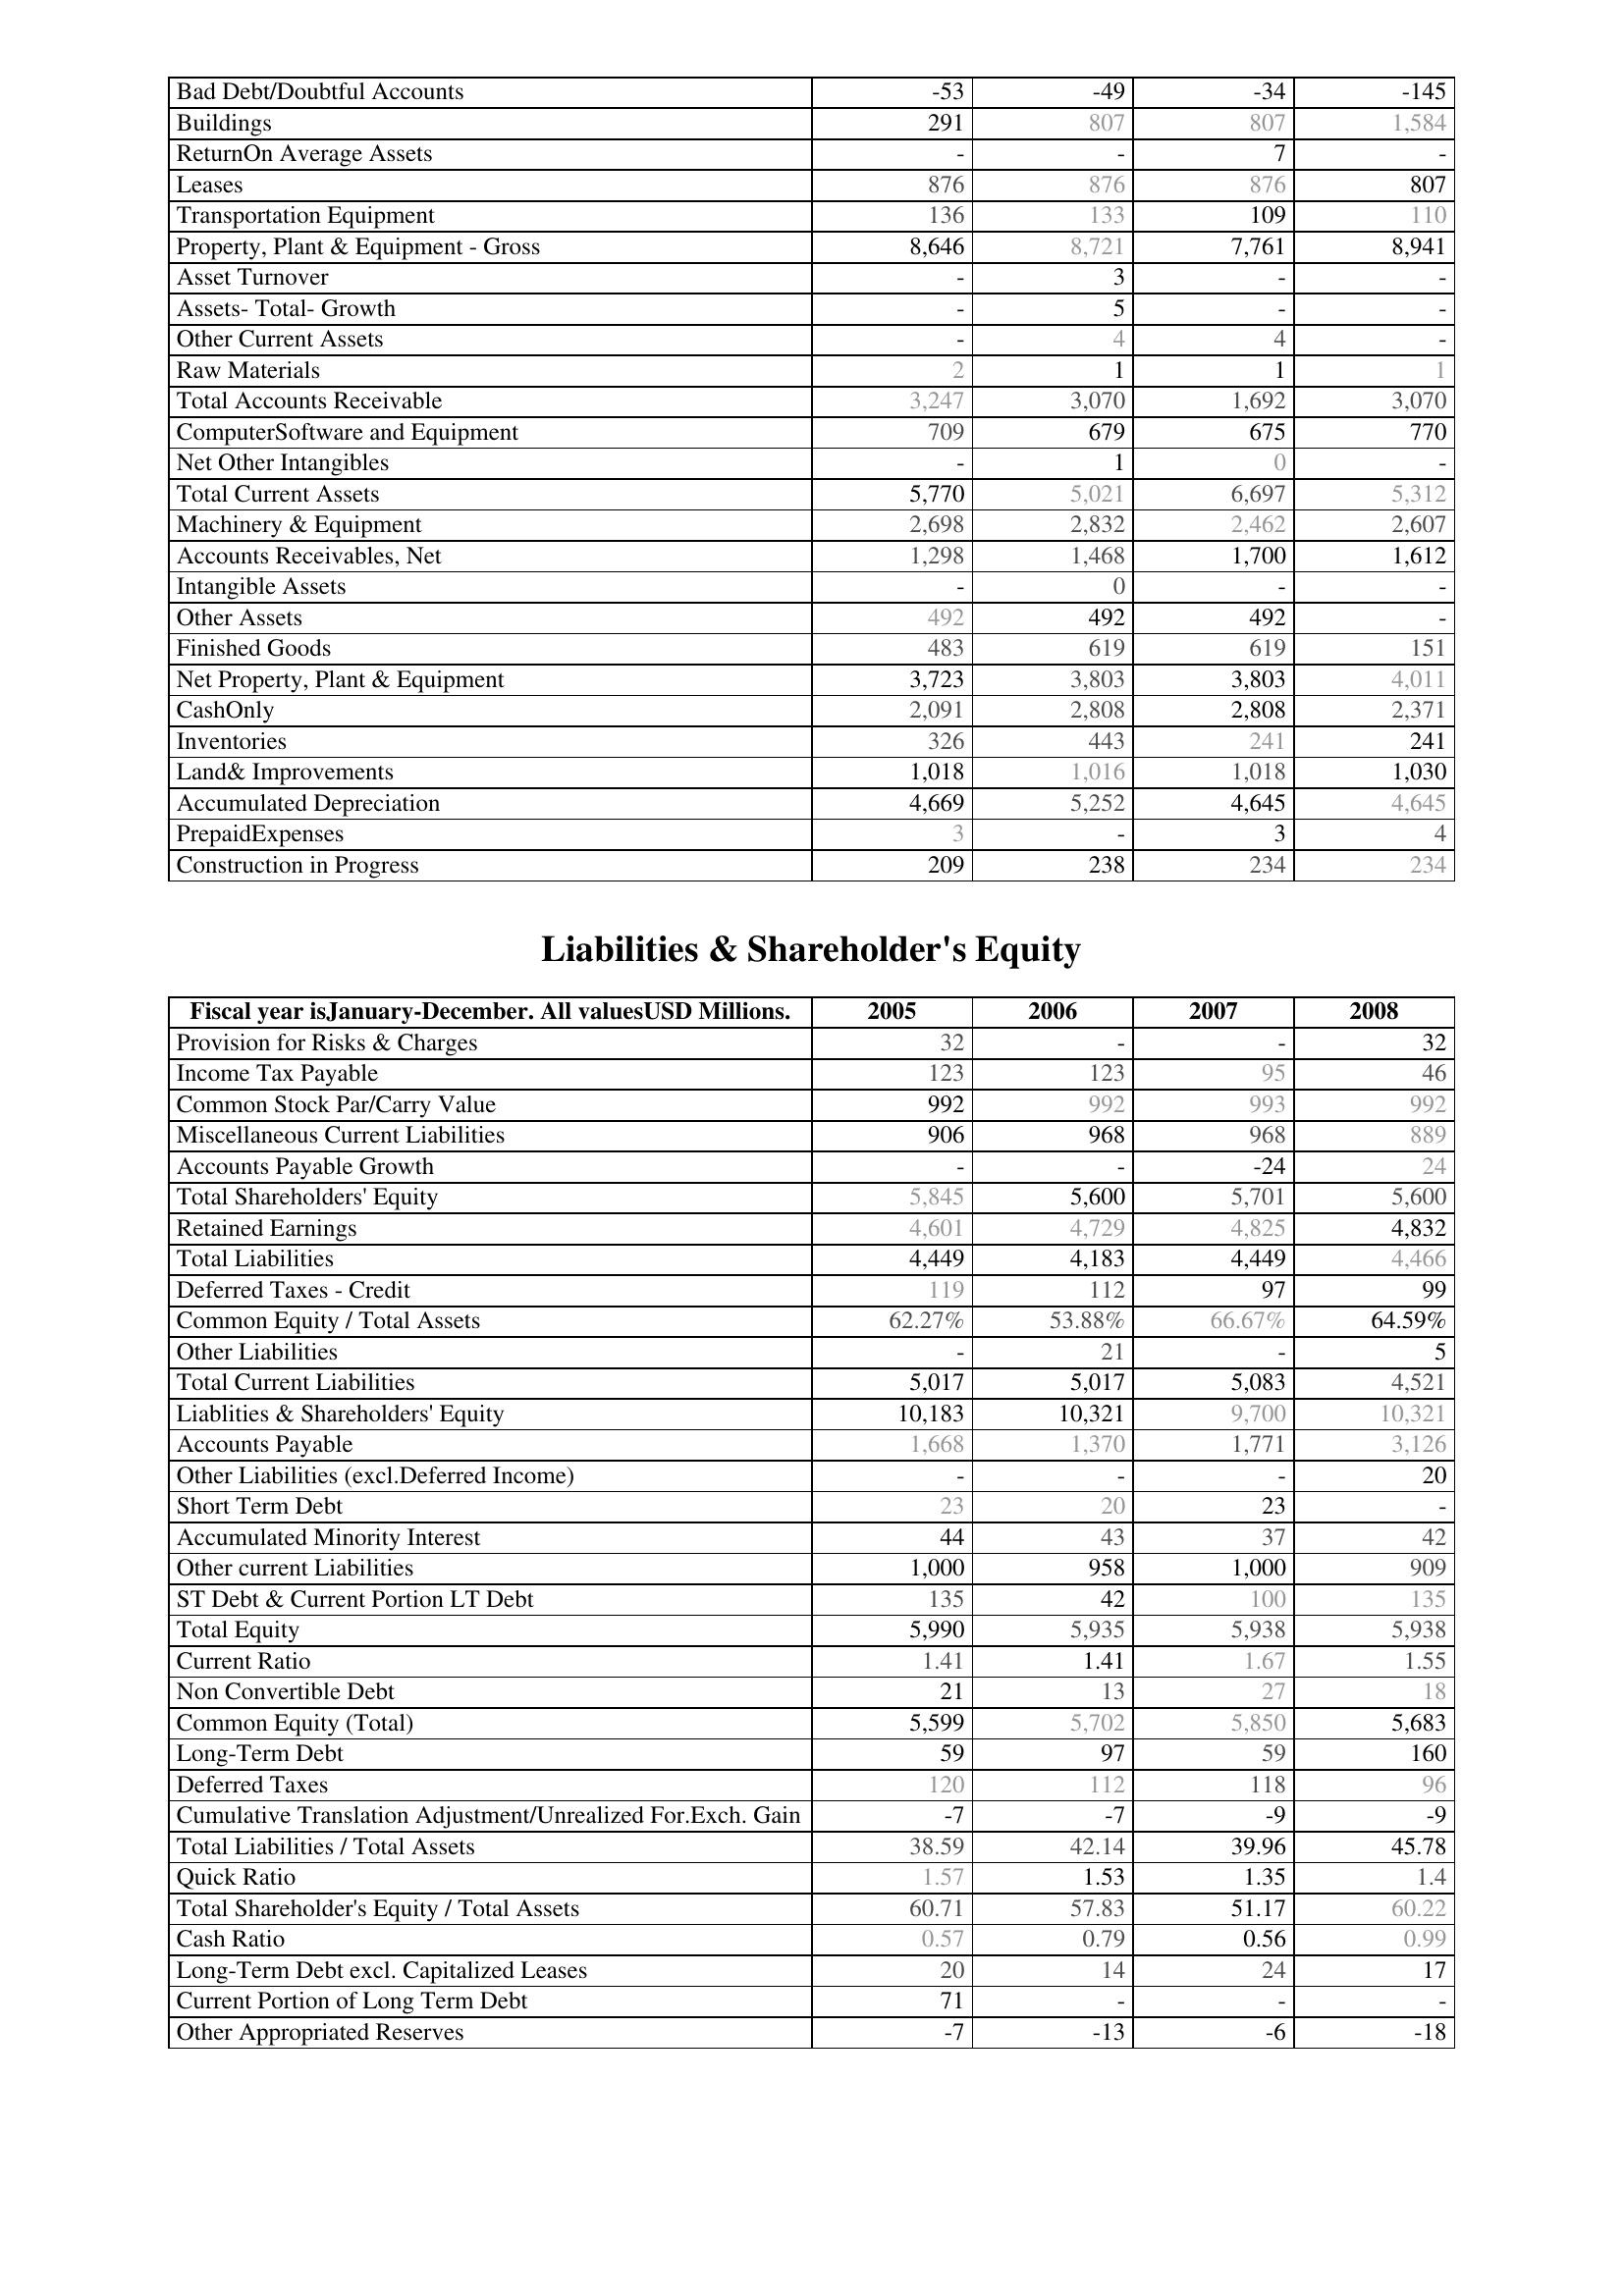
2005: Assets: Bad Debt/Doubtful Accounts: -53
Buildings: 291
ReturnOn Average Assets: -
Leases: 876
Transportation Equipment: 136
Property, Plant & Equipment - Gross : 8,646
Asset Turnover: -
Assets- Total- Growth: -
Other Current Assets: -
Raw Materials: 2
Total Accounts Receivable: 3,247
ComputerSoftware and Equipment: 709
Net Other Intangibles: -
Total Current Assets: 5,770
Machinery & Equipment: 2,698
Accounts Receivables, Net: 1,298
Intangible Assets: -
Other Assets: 492
Finished Goods: 483
Net Property, Plant & Equipment: 3,723
CashOnly: 2,091
Inventories: 326
Land& Improvements: 1,018
Accumulated Depreciation: 4,669
PrepaidExpenses: 3
Construction in Progress: 209
Liabilities & Shareholder's Equity: Provision for Risks & Charges: 32
Income Tax Payable: 123
Common Stock Par/Carry Value: 992
Miscellaneous Current Liabilities: 906
Accounts Payable Growth: -
Total Shareholders' Equity: 5,845
Retained Earnings: 4,601
Total Liabilities: 4,449
Deferred Taxes - Credit: 119
Common Equity / Total Assets: 62.27%
Other Liabilities: -
Total Current Liabilities: 5,017
Liablities & Shareholders' Equity: 10,183
Accounts Payable: 1,668
Other Liabilities (excl.Deferred Income): -
Short Term Debt: 23
Accumulated Minority Interest: 44
Other current Liabilities: 1,000
ST Debt & Current Portion LT Debt: 135
Total Equity: 5,990
Current Ratio: 1.41
Non Convertible Debt: 21
Common Equity (Total): 5,599
Long-Term Debt: 59
Deferred Taxes: 120
Cumulative Translation Adjustment/Unrealized For.Exch. Gain: -7
Total Liabilities / Total Assets: 38.59
Quick Ratio: 1.57
Total Shareholder's Equity / Total Assets: 60.71
Cash Ratio: 0.57
Long-Term Debt excl. Capitalized Leases: 20
Current Portion of Long Term Debt: 71
Other Appropriated Reserves: -7
2006: Assets: Bad Debt/Doubtful Accounts: -49
Buildings: 807
ReturnOn Average Assets: -
Leases: 876
Transportation Equipment: 133
Property, Plant & Equipment - Gross : 8,721
Asset Turnover: 3
Assets- Total- Growth: 5
Other Current Assets: 4
Raw Materials: 1
Total Accounts Receivable: 3,070
ComputerSoftware and Equipment: 679
Net Other Intangibles: 1
Total Current Assets: 5,021
Machinery & Equipment: 2,832
Accounts Receivables, Net: 1,468
Intangible Assets: 0
Other Assets: 492
Finished Goods: 619
Net Property, Plant & Equipment: 3,803
CashOnly: 2,808
Inventories: 443
Land& Improvements: 1,016
Accumulated Depreciation: 5,252
PrepaidExpenses: -
Construction in Progress: 238
Liabilities & Shareholder's Equity: Provision for Risks & Charges: -
Income Tax Payable: 123
Common Stock Par/Carry Value: 992
Miscellaneous Current Liabilities: 968
Accounts Payable Growth: -
Total Shareholders' Equity: 5,600
Retained Earnings: 4,729
Total Liabilities: 4,183
Deferred Taxes - Credit: 112
Common Equity / Total Assets: 53.88%
Other Liabilities: 21
Total Current Liabilities: 5,017
Liablities & Shareholders' Equity: 10,321
Accounts Payable: 1,370
Other Liabilities (excl.Deferred Income): -
Short Term Debt: 20
Accumulated Minority Interest: 43
Other current Liabilities: 958
ST Debt & Current Portion LT Debt: 42
Total Equity: 5,935
Current Ratio: 1.41
Non Convertible Debt: 13
Common Equity (Total): 5,702
Long-Term Debt: 97
Deferred Taxes: 112
Cumulative Translation Adjustment/Unrealized For.Exch. Gain: -7
Total Liabilities / Total Assets: 42.14
Quick Ratio: 1.53
Total Shareholder's Equity / Total Assets: 57.83
Cash Ratio: 0.79
Long-Term Debt excl. Capitalized Leases: 14
Current Portion of Long Term Debt: -
Other Appropriated Reserves: -13
2007: Assets: Bad Debt/Doubtful Accounts: -34
Buildings: 807
ReturnOn Average Assets: 7
Leases: 876
Transportation Equipment: 109
Property, Plant & Equipment - Gross : 7,761
Asset Turnover: -
Assets- Total- Growth: -
Other Current Assets: 4
Raw Materials: 1
Total Accounts Receivable: 1,692
ComputerSoftware and Equipment: 675
Net Other Intangibles: 0
Total Current Assets: 6,697
Machinery & Equipment: 2,462
Accounts Receivables, Net: 1,700
Intangible Assets: -
Other Assets: 492
Finished Goods: 619
Net Property, Plant & Equipment: 3,803
CashOnly: 2,808
Inventories: 241
Land& Improvements: 1,018
Accumulated Depreciation: 4,645
PrepaidExpenses: 3
Construction in Progress: 234
Liabilities & Shareholder's Equity: Provision for Risks & Charges: -
Income Tax Payable: 95
Common Stock Par/Carry Value: 993
Miscellaneous Current Liabilities: 968
Accounts Payable Growth: -24
Total Shareholders' Equity: 5,701
Retained Earnings: 4,825
Total Liabilities: 4,449
Deferred Taxes - Credit: 97
Common Equity / Total Assets: 66.67%
Other Liabilities: -
Total Current Liabilities: 5,083
Liablities & Shareholders' Equity: 9,700
Accounts Payable: 1,771
Other Liabilities (excl.Deferred Income): -
Short Term Debt: 23
Accumulated Minority Interest: 37
Other current Liabilities: 1,000
ST Debt & Current Portion LT Debt: 100
Total Equity: 5,938
Current Ratio: 1.67
Non Convertible Debt: 27
Common Equity (Total): 5,850
Long-Term Debt: 59
Deferred Taxes: 118
Cumulative Translation Adjustment/Unrealized For.Exch. Gain: -9
Total Liabilities / Total Assets: 39.96
Quick Ratio: 1.35
Total Shareholder's Equity / Total Assets: 51.17
Cash Ratio: 0.56
Long-Term Debt excl. Capitalized Leases: 24
Current Portion of Long Term Debt: -
Other Appropriated Reserves: -6
2008: Assets: Bad Debt/Doubtful Accounts: -145
Buildings: 1,584
ReturnOn Average Assets: -
Leases: 807
Transportation Equipment: 110
Property, Plant & Equipment - Gross : 8,941
Asset Turnover: -
Assets- Total- Growth: -
Other Current Assets: -
Raw Materials: 1
Total Accounts Receivable: 3,070
ComputerSoftware and Equipment: 770
Net Other Intangibles: -
Total Current Assets: 5,312
Machinery & Equipment: 2,607
Accounts Receivables, Net: 1,612
Intangible Assets: -
Other Assets: -
Finished Goods: 151
Net Property, Plant & Equipment: 4,011
CashOnly: 2,371
Inventories: 241
Land& Improvements: 1,030
Accumulated Depreciation: 4,645
PrepaidExpenses: 4
Construction in Progress: 234
Liabilities & Shareholder's Equity: Provision for Risks & Charges: 32
Income Tax Payable: 46
Common Stock Par/Carry Value: 992
Miscellaneous Current Liabilities: 889
Accounts Payable Growth: 24
Total Shareholders' Equity: 5,600
Retained Earnings: 4,832
Total Liabilities: 4,466
Deferred Taxes - Credit: 99
Common Equity / Total Assets: 64.59%
Other Liabilities: 5
Total Current Liabilities: 4,521
Liablities & Shareholders' Equity: 10,321
Accounts Payable: 3,126
Other Liabilities (excl.Deferred Income): 20
Short Term Debt: -
Accumulated Minority Interest: 42
Other current Liabilities: 909
ST Debt & Current Portion LT Debt: 135
Total Equity: 5,938
Current Ratio: 1.55
Non Convertible Debt: 18
Common Equity (Total): 5,683
Long-Term Debt: 160
Deferred Taxes: 96
Cumulative Translation Adjustment/Unrealized For.Exch. Gain: -9
Total Liabilities / Total Assets: 45.78
Quick Ratio: 1.4
Total Shareholder's Equity / Total Assets: 60.22
Cash Ratio: 0.99
Long-Term Debt excl. Capitalized Leases: 17
Current Portion of Long Term Debt: -
Other Appropriated Reserves: -18